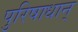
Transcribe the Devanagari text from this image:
पुरिषाधान्